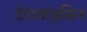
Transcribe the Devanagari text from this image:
टेरामाइसिन